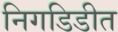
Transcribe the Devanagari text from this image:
निगडिडीत